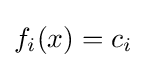
f_{i}(x)=c_{i}